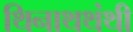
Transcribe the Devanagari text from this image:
थिनाथथंथी